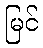
မြင်